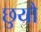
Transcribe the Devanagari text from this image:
छुयौ